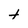
Character: t